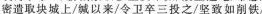
密遣取块城上/城以来/令卫卒三投之/坚致如削铁/